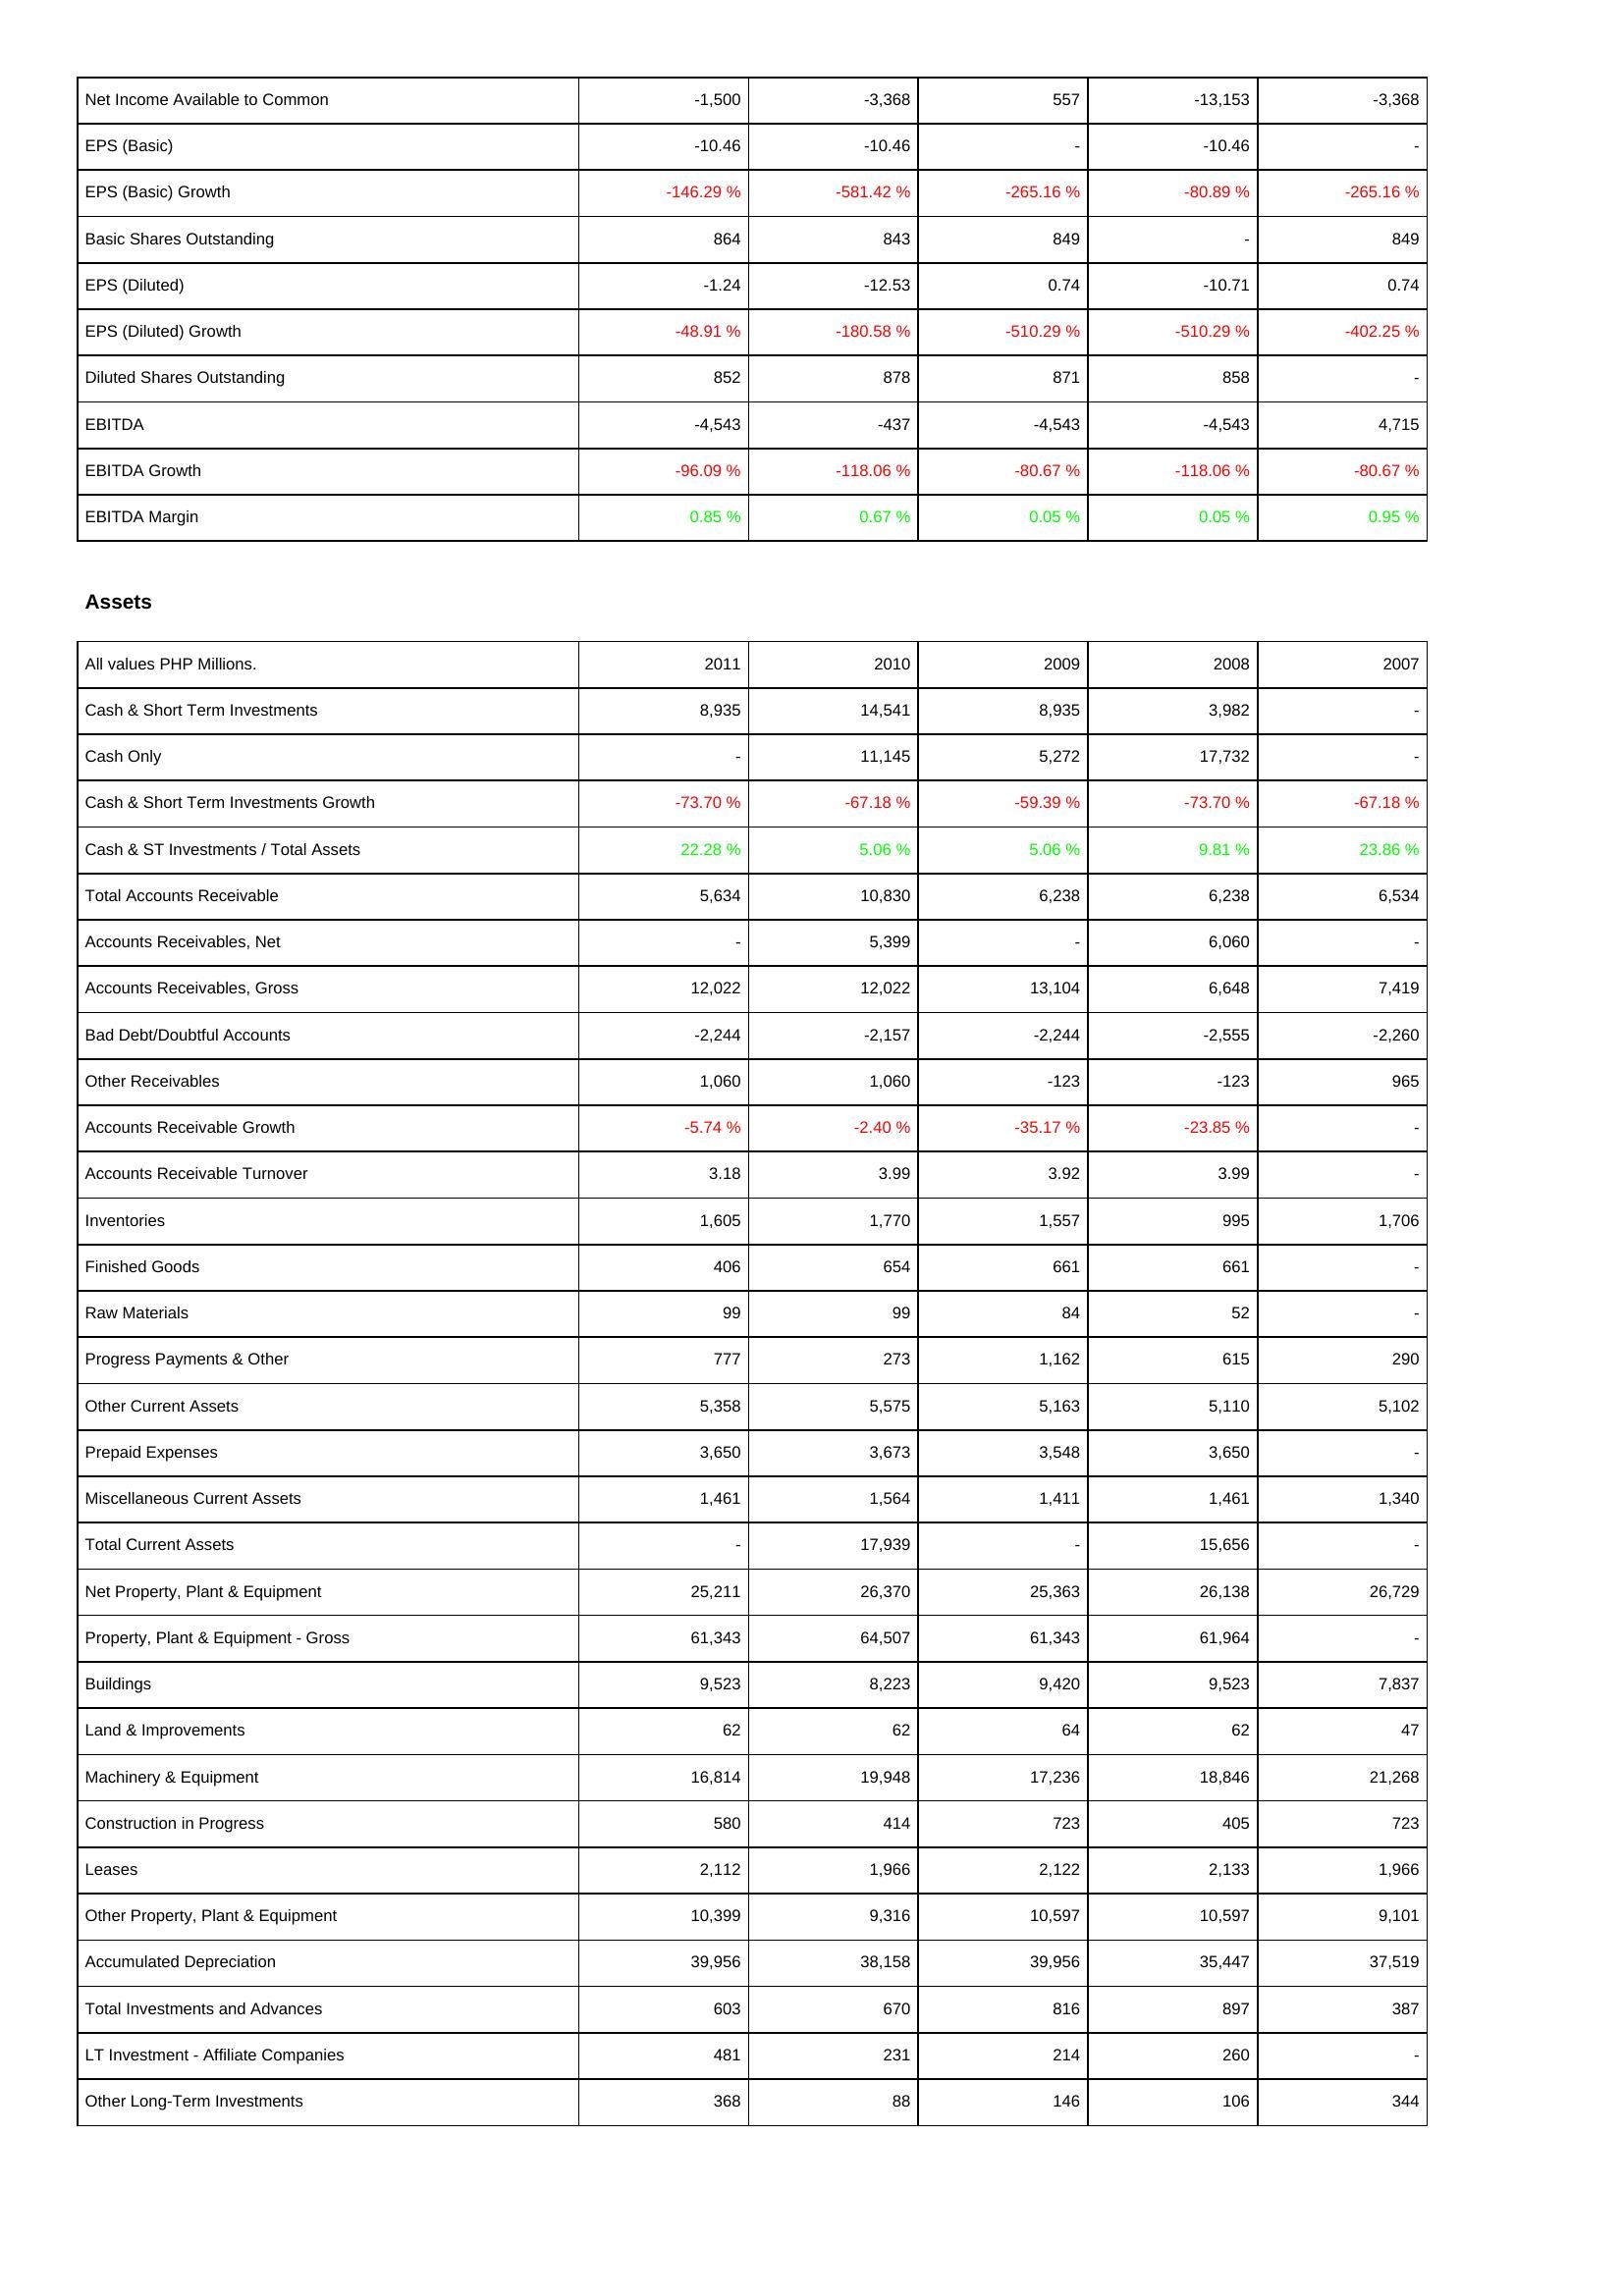
2011: Income Statement: Net Income Available to Common: -1,500
EPS (Basic): -10.46
EPS (Basic) Growth: -146.29 %
Basic Shares Outstanding: 864
EPS (Diluted): -1.24
EPS (Diluted) Growth: -48.91 %
Diluted Shares Outstanding: 852
EBITDA: -4,543
EBITDA Growth: -96.09 %
EBITDA Margin: 0.85 %
Assets: Cash & Short Term Investments: 8,935
Cash Only: -
Cash & Short Term Investments Growth: -73.70 %
Cash & ST Investments / Total Assets: 22.28 %
Total Accounts Receivable: 5,634
Accounts Receivables, Net: -
Accounts Receivables, Gross: 12,022
Bad Debt/Doubtful Accounts: -2,244
Other Receivables: 1,060
Accounts Receivable Growth: -5.74 %
Accounts Receivable Turnover: 3.18
Inventories: 1,605
Finished Goods: 406
Raw Materials: 99
Progress Payments & Other: 777
Other Current Assets: 5,358
Prepaid Expenses: 3,650
Miscellaneous Current Assets: 1,461
Total Current Assets: -
Net Property, Plant & Equipment: 25,211
Property, Plant & Equipment - Gross: 61,343
Buildings: 9,523
Land & Improvements: 62
Machinery & Equipment: 16,814
Construction in Progress: 580
Leases: 2,112
Other Property, Plant & Equipment: 10,399
Accumulated Depreciation: 39,956
Total Investments and Advances: 603
LT Investment - Affiliate Companies: 481
Other Long-Term Investments: 368
2010: Income Statement: Net Income Available to Common: -3,368
EPS (Basic): -10.46
EPS (Basic) Growth: -581.42 %
Basic Shares Outstanding: 843
EPS (Diluted): -12.53
EPS (Diluted) Growth: -180.58 %
Diluted Shares Outstanding: 878
EBITDA: -437
EBITDA Growth: -118.06 %
EBITDA Margin: 0.67 %
Assets: Cash & Short Term Investments: 14,541
Cash Only: 11,145
Cash & Short Term Investments Growth: -67.18 %
Cash & ST Investments / Total Assets: 5.06 %
Total Accounts Receivable: 10,830
Accounts Receivables, Net: 5,399
Accounts Receivables, Gross: 12,022
Bad Debt/Doubtful Accounts: -2,157
Other Receivables: 1,060
Accounts Receivable Growth: -2.40 %
Accounts Receivable Turnover: 3.99
Inventories: 1,770
Finished Goods: 654
Raw Materials: 99
Progress Payments & Other: 273
Other Current Assets: 5,575
Prepaid Expenses: 3,673
Miscellaneous Current Assets: 1,564
Total Current Assets: 17,939
Net Property, Plant & Equipment: 26,370
Property, Plant & Equipment - Gross: 64,507
Buildings: 8,223
Land & Improvements: 62
Machinery & Equipment: 19,948
Construction in Progress: 414
Leases: 1,966
Other Property, Plant & Equipment: 9,316
Accumulated Depreciation: 38,158
Total Investments and Advances: 670
LT Investment - Affiliate Companies: 231
Other Long-Term Investments: 88
2009: Income Statement: Net Income Available to Common: 557
EPS (Basic): -
EPS (Basic) Growth: -265.16 %
Basic Shares Outstanding: 849
EPS (Diluted): 0.74
EPS (Diluted) Growth: -510.29 %
Diluted Shares Outstanding: 871
EBITDA: -4,543
EBITDA Growth: -80.67 %
EBITDA Margin: 0.05 %
Assets: Cash & Short Term Investments: 8,935
Cash Only: 5,272
Cash & Short Term Investments Growth: -59.39 %
Cash & ST Investments / Total Assets: 5.06 %
Total Accounts Receivable: 6,238
Accounts Receivables, Net: -
Accounts Receivables, Gross: 13,104
Bad Debt/Doubtful Accounts: -2,244
Other Receivables: -123
Accounts Receivable Growth: -35.17 %
Accounts Receivable Turnover: 3.92
Inventories: 1,557
Finished Goods: 661
Raw Materials: 84
Progress Payments & Other: 1,162
Other Current Assets: 5,163
Prepaid Expenses: 3,548
Miscellaneous Current Assets: 1,411
Total Current Assets: -
Net Property, Plant & Equipment: 25,363
Property, Plant & Equipment - Gross: 61,343
Buildings: 9,420
Land & Improvements: 64
Machinery & Equipment: 17,236
Construction in Progress: 723
Leases: 2,122
Other Property, Plant & Equipment: 10,597
Accumulated Depreciation: 39,956
Total Investments and Advances: 816
LT Investment - Affiliate Companies: 214
Other Long-Term Investments: 146
2008: Income Statement: Net Income Available to Common: -13,153
EPS (Basic): -10.46
EPS (Basic) Growth: -80.89 %
Basic Shares Outstanding: -
EPS (Diluted): -10.71
EPS (Diluted) Growth: -510.29 %
Diluted Shares Outstanding: 858
EBITDA: -4,543
EBITDA Growth: -118.06 %
EBITDA Margin: 0.05 %
Assets: Cash & Short Term Investments: 3,982
Cash Only: 17,732
Cash & Short Term Investments Growth: -73.70 %
Cash & ST Investments / Total Assets: 9.81 %
Total Accounts Receivable: 6,238
Accounts Receivables, Net: 6,060
Accounts Receivables, Gross: 6,648
Bad Debt/Doubtful Accounts: -2,555
Other Receivables: -123
Accounts Receivable Growth: -23.85 %
Accounts Receivable Turnover: 3.99
Inventories: 995
Finished Goods: 661
Raw Materials: 52
Progress Payments & Other: 615
Other Current Assets: 5,110
Prepaid Expenses: 3,650
Miscellaneous Current Assets: 1,461
Total Current Assets: 15,656
Net Property, Plant & Equipment: 26,138
Property, Plant & Equipment - Gross: 61,964
Buildings: 9,523
Land & Improvements: 62
Machinery & Equipment: 18,846
Construction in Progress: 405
Leases: 2,133
Other Property, Plant & Equipment: 10,597
Accumulated Depreciation: 35,447
Total Investments and Advances: 897
LT Investment - Affiliate Companies: 260
Other Long-Term Investments: 106
2007: Income Statement: Net Income Available to Common: -3,368
EPS (Basic): -
EPS (Basic) Growth: -265.16 %
Basic Shares Outstanding: 849
EPS (Diluted): 0.74
EPS (Diluted) Growth: -402.25 %
Diluted Shares Outstanding: -
EBITDA: 4,715
EBITDA Growth: -80.67 %
EBITDA Margin: 0.95 %
Assets: Cash & Short Term Investments: -
Cash Only: -
Cash & Short Term Investments Growth: -67.18 %
Cash & ST Investments / Total Assets: 23.86 %
Total Accounts Receivable: 6,534
Accounts Receivables, Net: -
Accounts Receivables, Gross: 7,419
Bad Debt/Doubtful Accounts: -2,260
Other Receivables: 965
Accounts Receivable Growth: -
Accounts Receivable Turnover: -
Inventories: 1,706
Finished Goods: -
Raw Materials: -
Progress Payments & Other: 290
Other Current Assets: 5,102
Prepaid Expenses: -
Miscellaneous Current Assets: 1,340
Total Current Assets: -
Net Property, Plant & Equipment: 26,729
Property, Plant & Equipment - Gross: -
Buildings: 7,837
Land & Improvements: 47
Machinery & Equipment: 21,268
Construction in Progress: 723
Leases: 1,966
Other Property, Plant & Equipment: 9,101
Accumulated Depreciation: 37,519
Total Investments and Advances: 387
LT Investment - Affiliate Companies: -
Other Long-Term Investments: 344